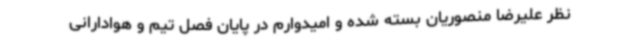
نظر علیرضا منصوریان بسته شده و امیدوارم در پایان فصل تیم و هوادارانی